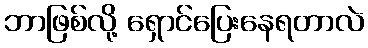
ဘာဖြစ်လို့ ရှောင်ပြေးနေရတာလဲ